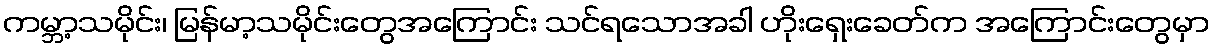
ကမ္ဘာ့သမိုင်း၊ မြန်မာ့သမိုင်းတွေအကြောင်း သင်ရသောအခါ ဟိုးရှေးခေတ်က အကြောင်းတွေမှာ